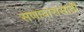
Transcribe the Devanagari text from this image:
सणावारांसाठी